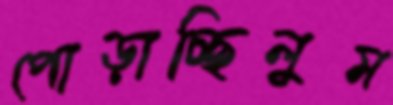
পোড়াচ্ছিলুম